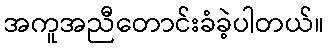
အကူအညီတောင်းခံခဲ့ပါတယ်။